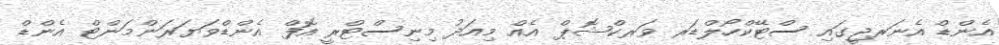
އެންޑް އެނަރޖީގައި ސްޓޭކްހޯލްޑަރ ވަރކްޝޮޕް އެއް މިއަދު މިނިސްޓްރީ އޮފް އެންޑްވަޔަރަންމަންޓް އެންޑް